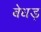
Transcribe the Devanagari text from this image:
बेधड़